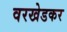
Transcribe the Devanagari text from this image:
वरखेडकर